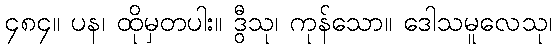
၄၈၄။ ပန၊ ထိုမှတပါး။ ဒွီသု၊ ကုန်သော။ ဒေါသမူလေသု၊